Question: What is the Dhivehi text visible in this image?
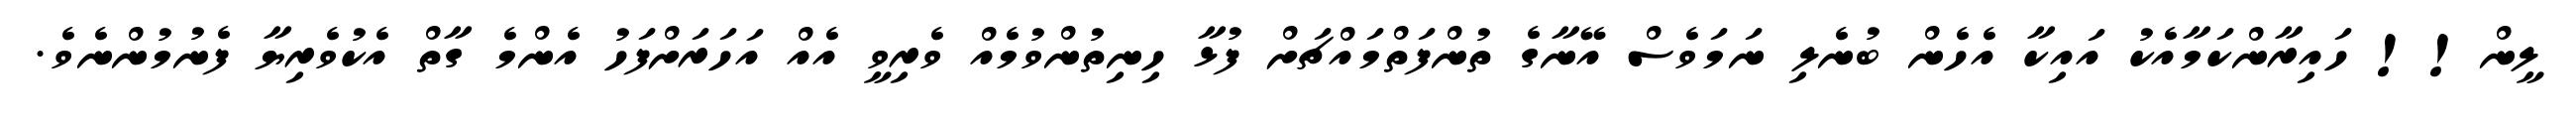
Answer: ލީން!! ހައިރާންކަމާއެކު އައިކާ އެހެން ބުނެލި ނަމަވެސް އޭނާގެ ތުންފަތްމައްޗަށް ފުޅާ ހިނިތުންވުމެއް ވެރިވީ އެއް އަހަރަށްފަހު އެންމެ ގާތް އެކުވެރިޔާ ފެނުމުންނެވެ.